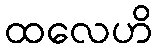
ထလေဟိ